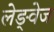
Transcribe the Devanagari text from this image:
लेङ्वेज